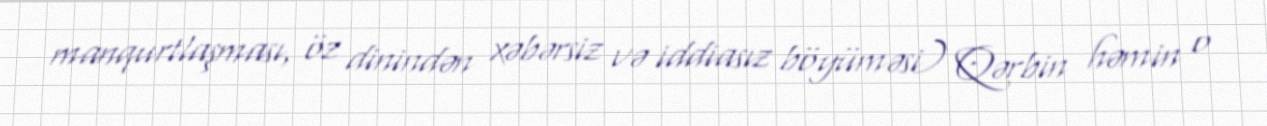
manqurtlaşması, öz dinindən xəbərsiz və iddiasız böyüməsi) Qərbin həmin o